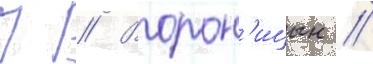
П // Ворон'ицын //